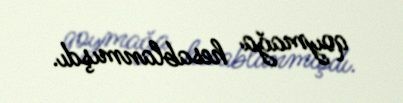
qoymağa hesablanmışdı.